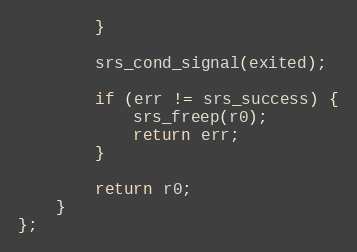
Language: C++
        }

        srs_cond_signal(exited);

        if (err != srs_success) {
            srs_freep(r0);
            return err;
        }

        return r0;
    }
};